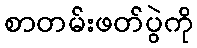
စာတမ်းဖတ်ပွဲကို